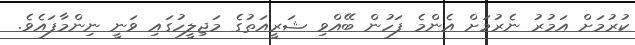
ކުރުމަށް އަމުރު ނެރުމަށް އެންމެ ފަހުން ބޭއްވި ޝަރީއަތުގެ މަޖިލީހުގައި ވަނީ ނިންމާފައެވެ.